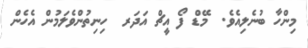
މިންހާ ބުނެލިއެވެ.  މޭޑް ފޯ އީޗް އަދަރ  ހިނިތުންވެލަމުން އެހެން